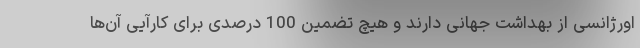
اورژانسی از بهداشت جهانی دارند و هیچ تضمین 100 درصدی برای کارآیی آن‌ها